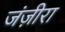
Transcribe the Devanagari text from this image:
जंज़ीरा